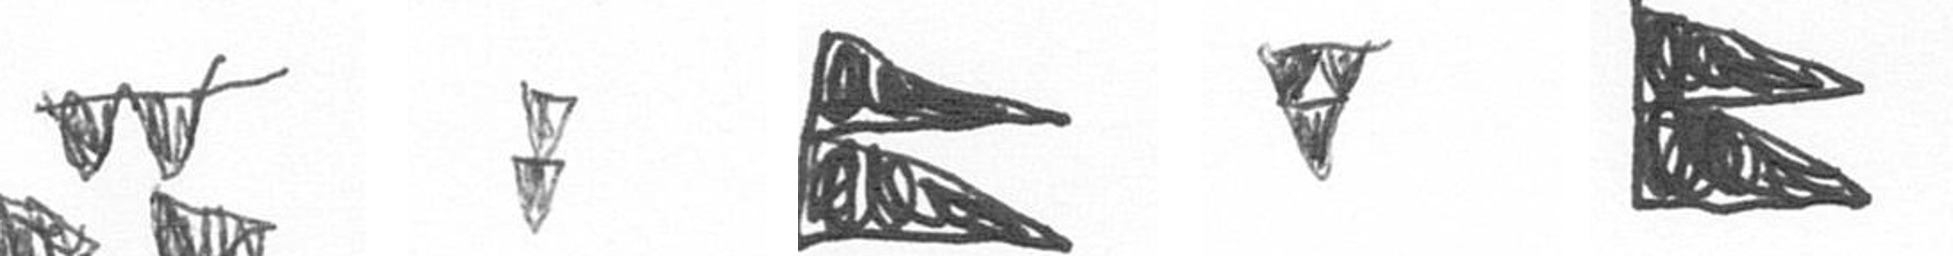
B Z P S P